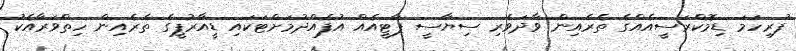
ފުރިހަމަ ޑިމޮކްރަސީއެއްގެ ތެރެއިން ވާދަވެރި ސިޔާސީ ޕާޓީއެއް އުފެއްދުމަށްޓަކައި ޑީއާރުޕީގެ ތެރެއިން ހިތްވަރާއެކު